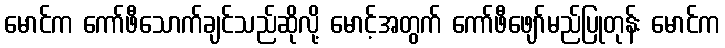
မောင်က ကော်ဖီသောက်ချင်သည်ဆိုလို့ မောင့်အတွက် ကော်ဖီဖျော်မည်ပြုတုန်း မောင်က